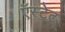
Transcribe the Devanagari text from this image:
ऍस्टेट